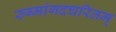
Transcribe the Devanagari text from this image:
रुग्मांगदचरितम्